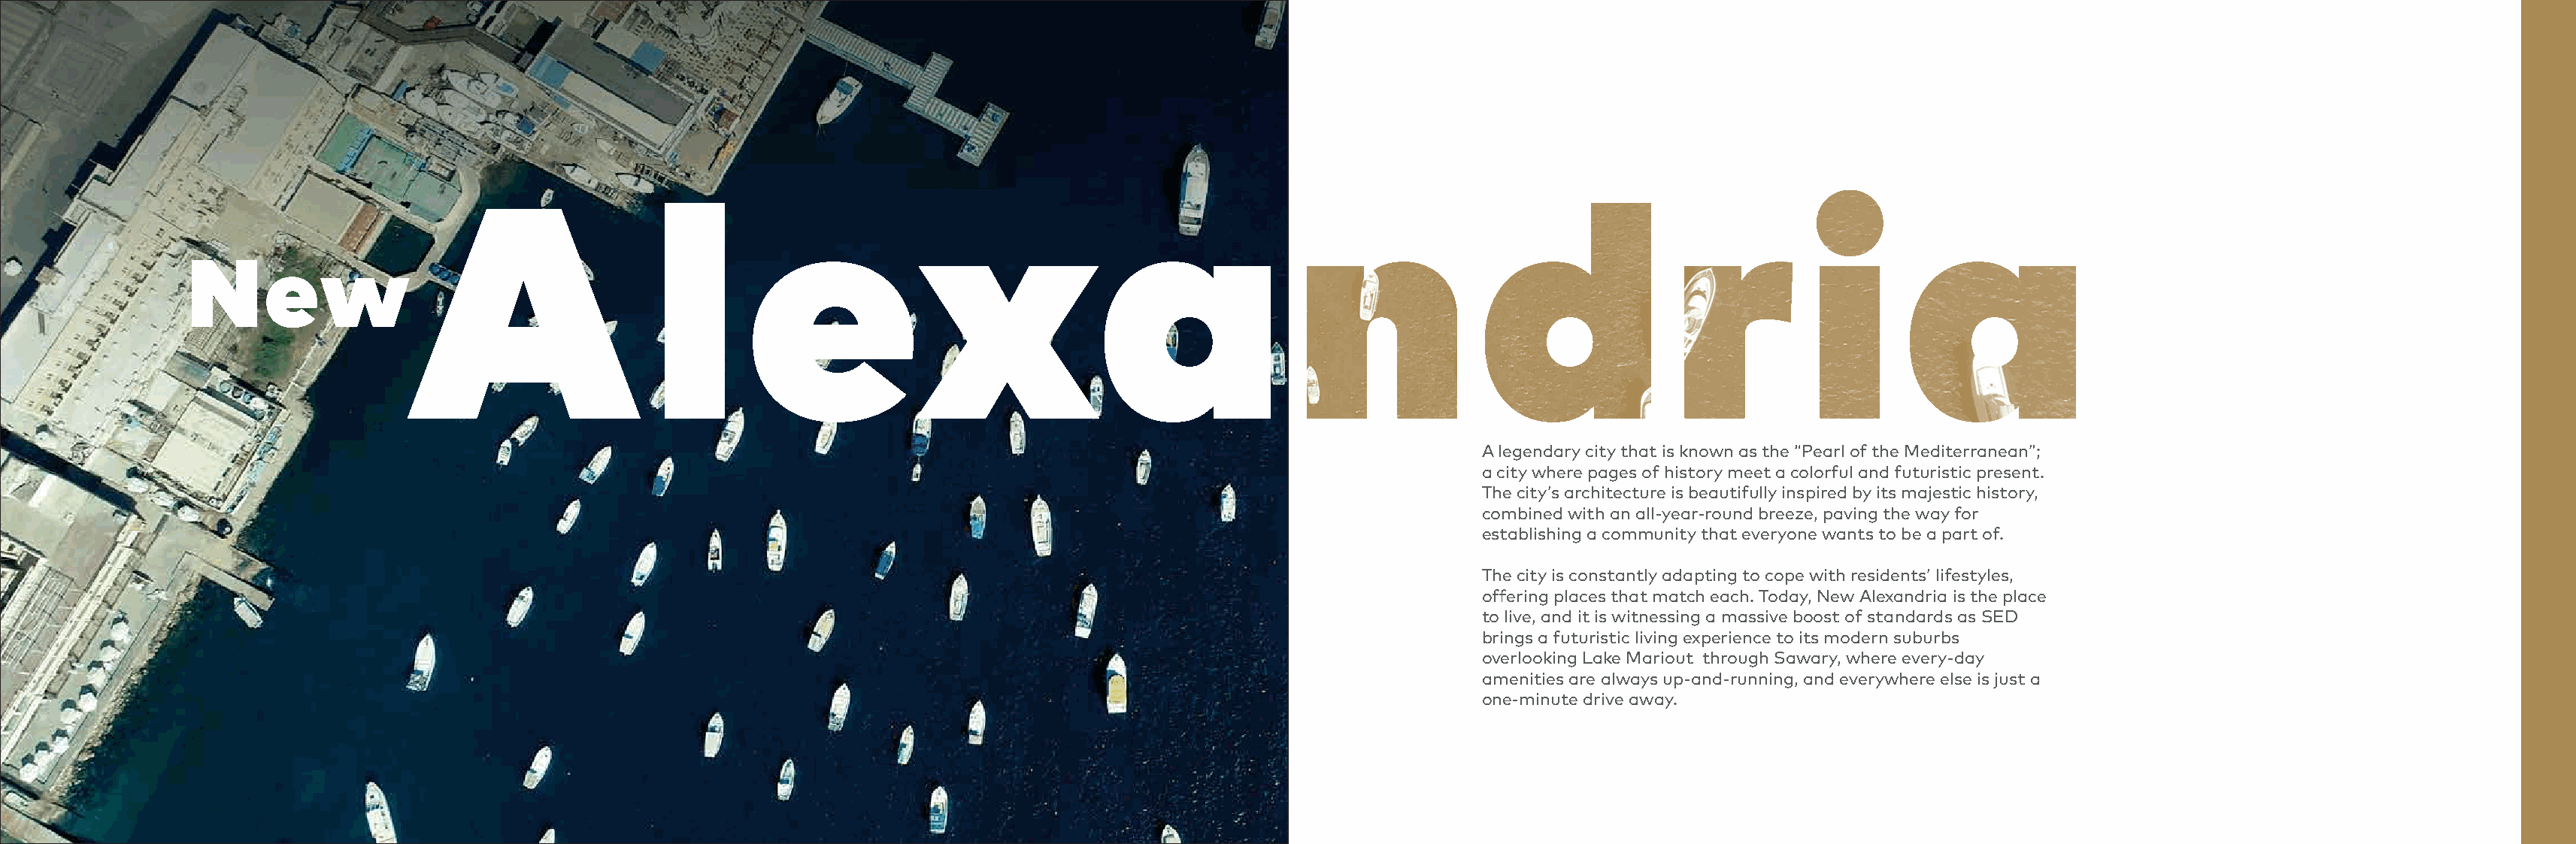
N     ew
 A legendary city that is known as the “Pearl of the Mediterranean”;
 a city where pages of history meet a colorful and futuristic present.
 The city’s architecture is beautifully inspired by its majestic history,
 combined with an all-year-round breeze, paving the way for
 establishing a community that everyone wants to be a part of.
 The city is constantly adapting to cope with residents’ lifestyles,
 offering places that match each. Today, New Alexandria is the place
 to live, and it is witnessing a massive boost of standards as SED
 brings a futuristic living experience to its modern suburbs
 overlooking Lake Mariout through Sawary, where every-day
 amenities are always up-and-running, and everywhere else is just a
 one-minute drive away.